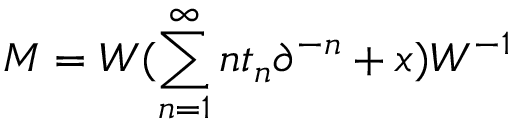
{ \cal M } = { \cal W } ( \sum _ { n = 1 } ^ { \infty } n t _ { n } \partial ^ { - n } + x ) { \cal W } ^ { - 1 }